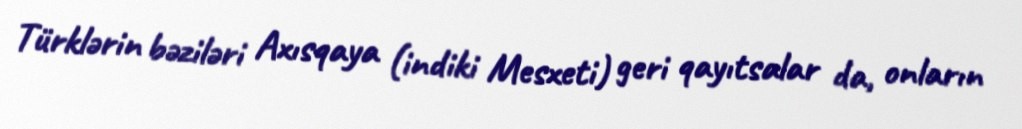
Türklərin bəziləri Axısqaya (indiki Mesxeti) geri qayıtsalar da, onların